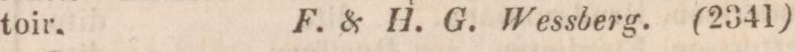
toir,    F. & H. G. Wessberg.    (2341)